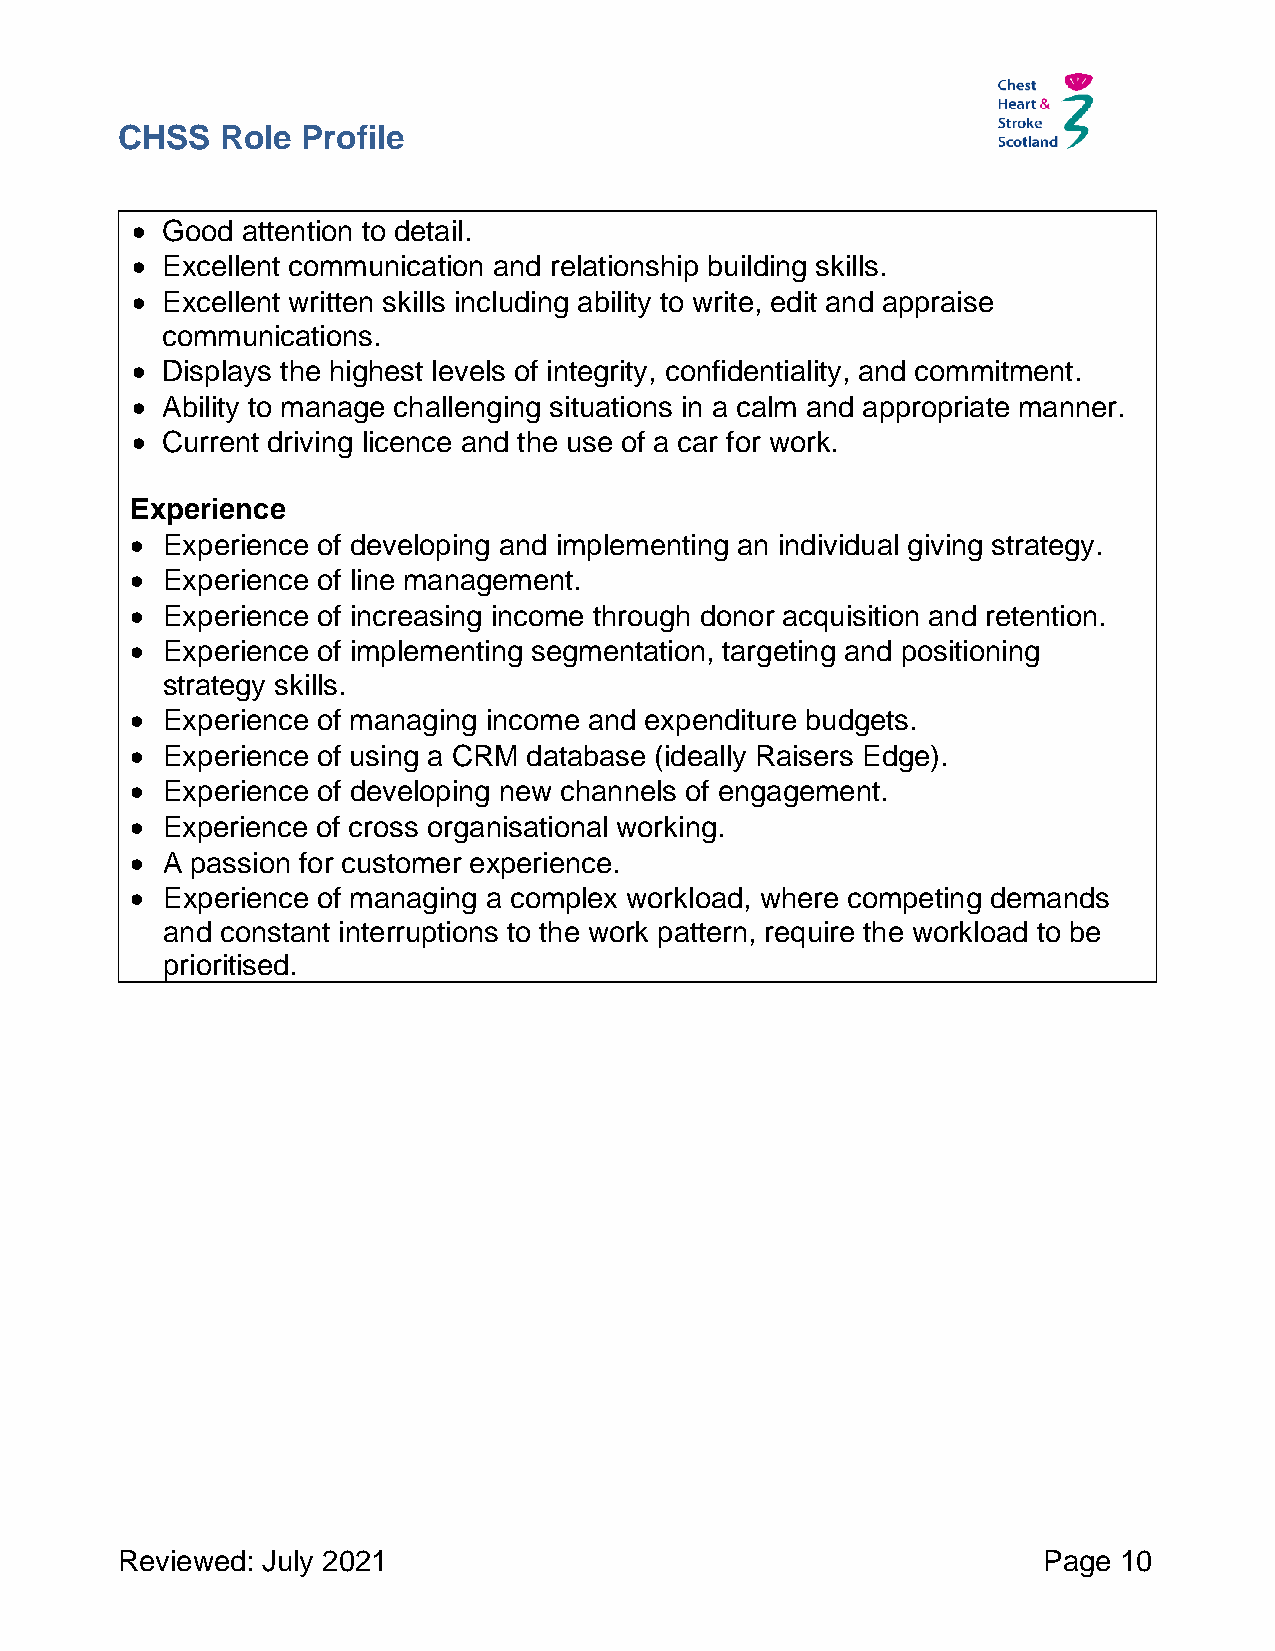
CHSS   Role Profile
 • Good attention to detail.
 • Excellent communication and relationship building skills.
 • Excellent written skills including ability to write, edit and appraise
 communications.
 • Displays the highest levels of integrity, confidentiality, and commitment.
 • Ability to manage challenging situations in a calm and appropriate manner.
 • Current driving licence and the use of a car for work.
 Experience
 • Experience of developing and implementing an individual giving strategy.
 • Experience of line management.
 • Experience of increasing income through donor acquisition and retention.
 • Experience of implementing segmentation, targeting and positioning
 strategy skills.
 • Experience of managing income and expenditure budgets.
 • Experience of using a CRM database (ideally Raisers Edge).
 • Experience of developing new channels of engagement.
 • Experience of cross organisational working.
 • A passion for customer experience.
 • Experience of managing a complex workload, where competing demands
 and constant interruptions to the work pattern, require the workload to be
 prioritised.
 Reviewed: July 2021                                          Page 10